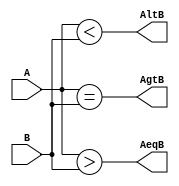
module mag_comp(A, B, AltB, AgtB, AeqB);
    input [2:0] A, B;
    output AltB, AgtB, AeqB;
    assign AltB = (A<B);
    assign AgtB = (A==B);
    assign AeqB = (A>B);
endmodule